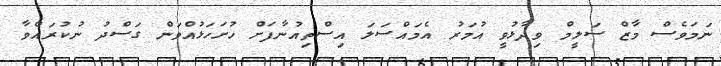
ނަމަވެސް މާޒް ސަލީމް ވިދާޅުވީ އުމަރު އެމައްސަލަ އިސްތިއުނާފަށް ހުށަހަޅުއްވަން ގަސްދު ނުކުރައްވާ